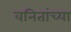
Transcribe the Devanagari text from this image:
वनितांच्या